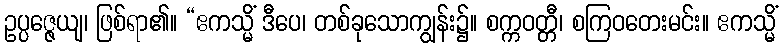
ဥပ္ပဇ္ဇေယျ၊ ဖြစ်ရာ၏။ “ဧကသ္မိံ ဒီပေ၊ တစ်ခုသောကျွန်း၌။ စက္ကဝတ္တီ၊ စကြဝတေးမင်း။ ဧကသ္မိံ